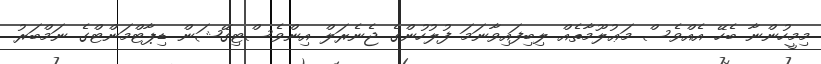
މިމީހުންނާ ބެހޭ އެއްވެސް މަޢުލޫމާތެއް ލިބިފައިވާނަމަ ފުލުހުންގެ ޖެނެރަލް އިންވެސްޓިގޭޝަން ޑިޕާޓްމަންޓްގެ ނަމްބަރު